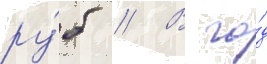
ру́б // В го́д